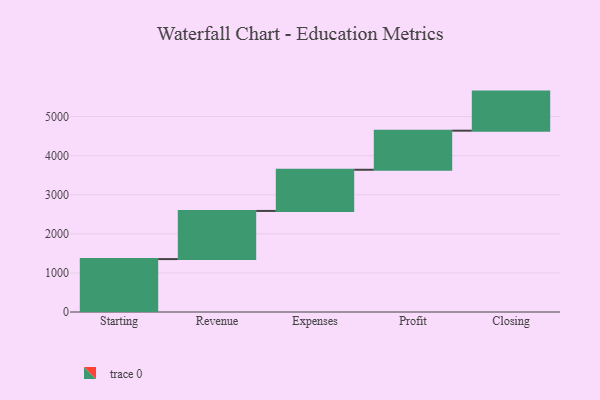
{"axis": {"x": "Step", "y": "Value"}, "legend": [""], "data": [{"x": "Starting", "y": 1354.0, "type": ""}, {"x": "Revenue", "y": 1232.0, "type": ""}, {"x": "Expenses", "y": 1054.0, "type": ""}, {"x": "Profit", "y": 1000, "type": ""}, {"x": "Closing", "y": 1000, "type": ""}]}